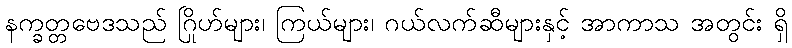
နက္ခတ္တဗေဒသည် ဂြိုဟ်များ၊ ကြယ်များ၊ ဂယ်လက်ဆီများနှင့် အာကာသ အတွင်း ရှိ